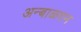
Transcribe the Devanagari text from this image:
अन्बाळगन